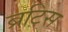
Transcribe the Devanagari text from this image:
ब्रटिस